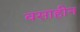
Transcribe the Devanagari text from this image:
वसाहीन